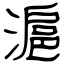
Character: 滬